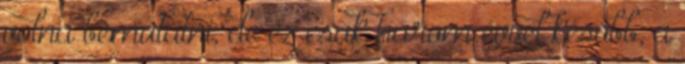
volna bemutatni, de ez csak három évvel később, a